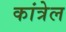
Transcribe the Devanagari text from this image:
कांत्रेल